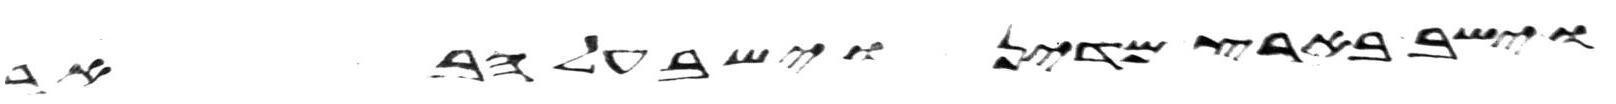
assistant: וישב בארץ מדין וישב על הבאר